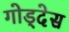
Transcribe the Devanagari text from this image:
गोड्देस